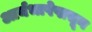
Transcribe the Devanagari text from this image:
आर्यभाषेपासून